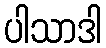
ပါသာဒါ